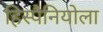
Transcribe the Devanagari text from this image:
हिस्पैनियोला